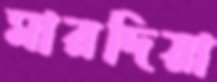
মারদিয়া